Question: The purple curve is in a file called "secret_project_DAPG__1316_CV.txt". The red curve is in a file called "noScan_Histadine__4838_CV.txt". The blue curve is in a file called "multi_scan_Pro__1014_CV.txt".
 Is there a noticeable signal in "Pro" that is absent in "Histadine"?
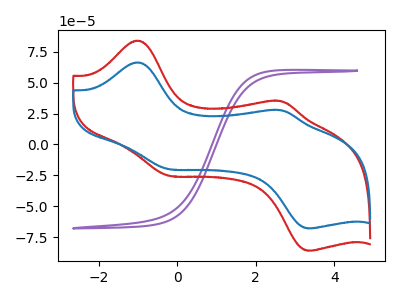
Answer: <think>The purple curve "DAPG" has no peaks. The red curve "Histadine" has anodic peaks at (-1.00V, 84.10uA) (2.65V, 35.05uA) and cathodic peaks at (-0.20V, -25.15uA) (3.40V, -86.05uA). The blue curve "Pro" has anodic peaks at (-1.00V, 66.45uA) (2.65V, 27.70uA) and cathodic peaks at (-0.20V, -19.90uA) (3.40V, -67.95uA).
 All the peaks in "Pro" have a peak in "Histadine" at the same potential. Every peak in "Pro" is lower than every peak in "Histadine".</think>
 <answer>No, "Pro" and "Histadine" don't appear to be significantly different in shape</answer>
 <eval>no_change</eval>